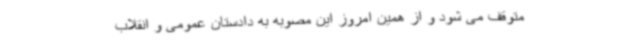
متوقف می شود و از همین امروز این مصوبه به دادستان عمومی و انقلاب